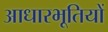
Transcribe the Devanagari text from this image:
आधारभूतियों